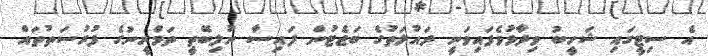
އެ ސިޓީގައި ޝަހީބު ވިދާޅުވެފައިވަނީ ދައުލަތުގެ ބަޖެޓުން ފައިސާ ނުލިބޭތީ ތަމްރީނުގެ ފުރުސަތުތައް